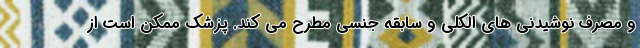
و مصرف نوشیدنی های الکلی و سابقه جنسی مطرح می کند. پزشک ممکن است از